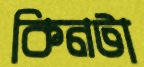
কিনটা